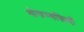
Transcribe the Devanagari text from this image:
योगाभ्यसियों